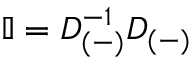
\mathbb { I } = D _ { ( - ) } ^ { - 1 } D _ { ( - ) }